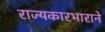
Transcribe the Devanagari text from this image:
राज्यकारभाराने